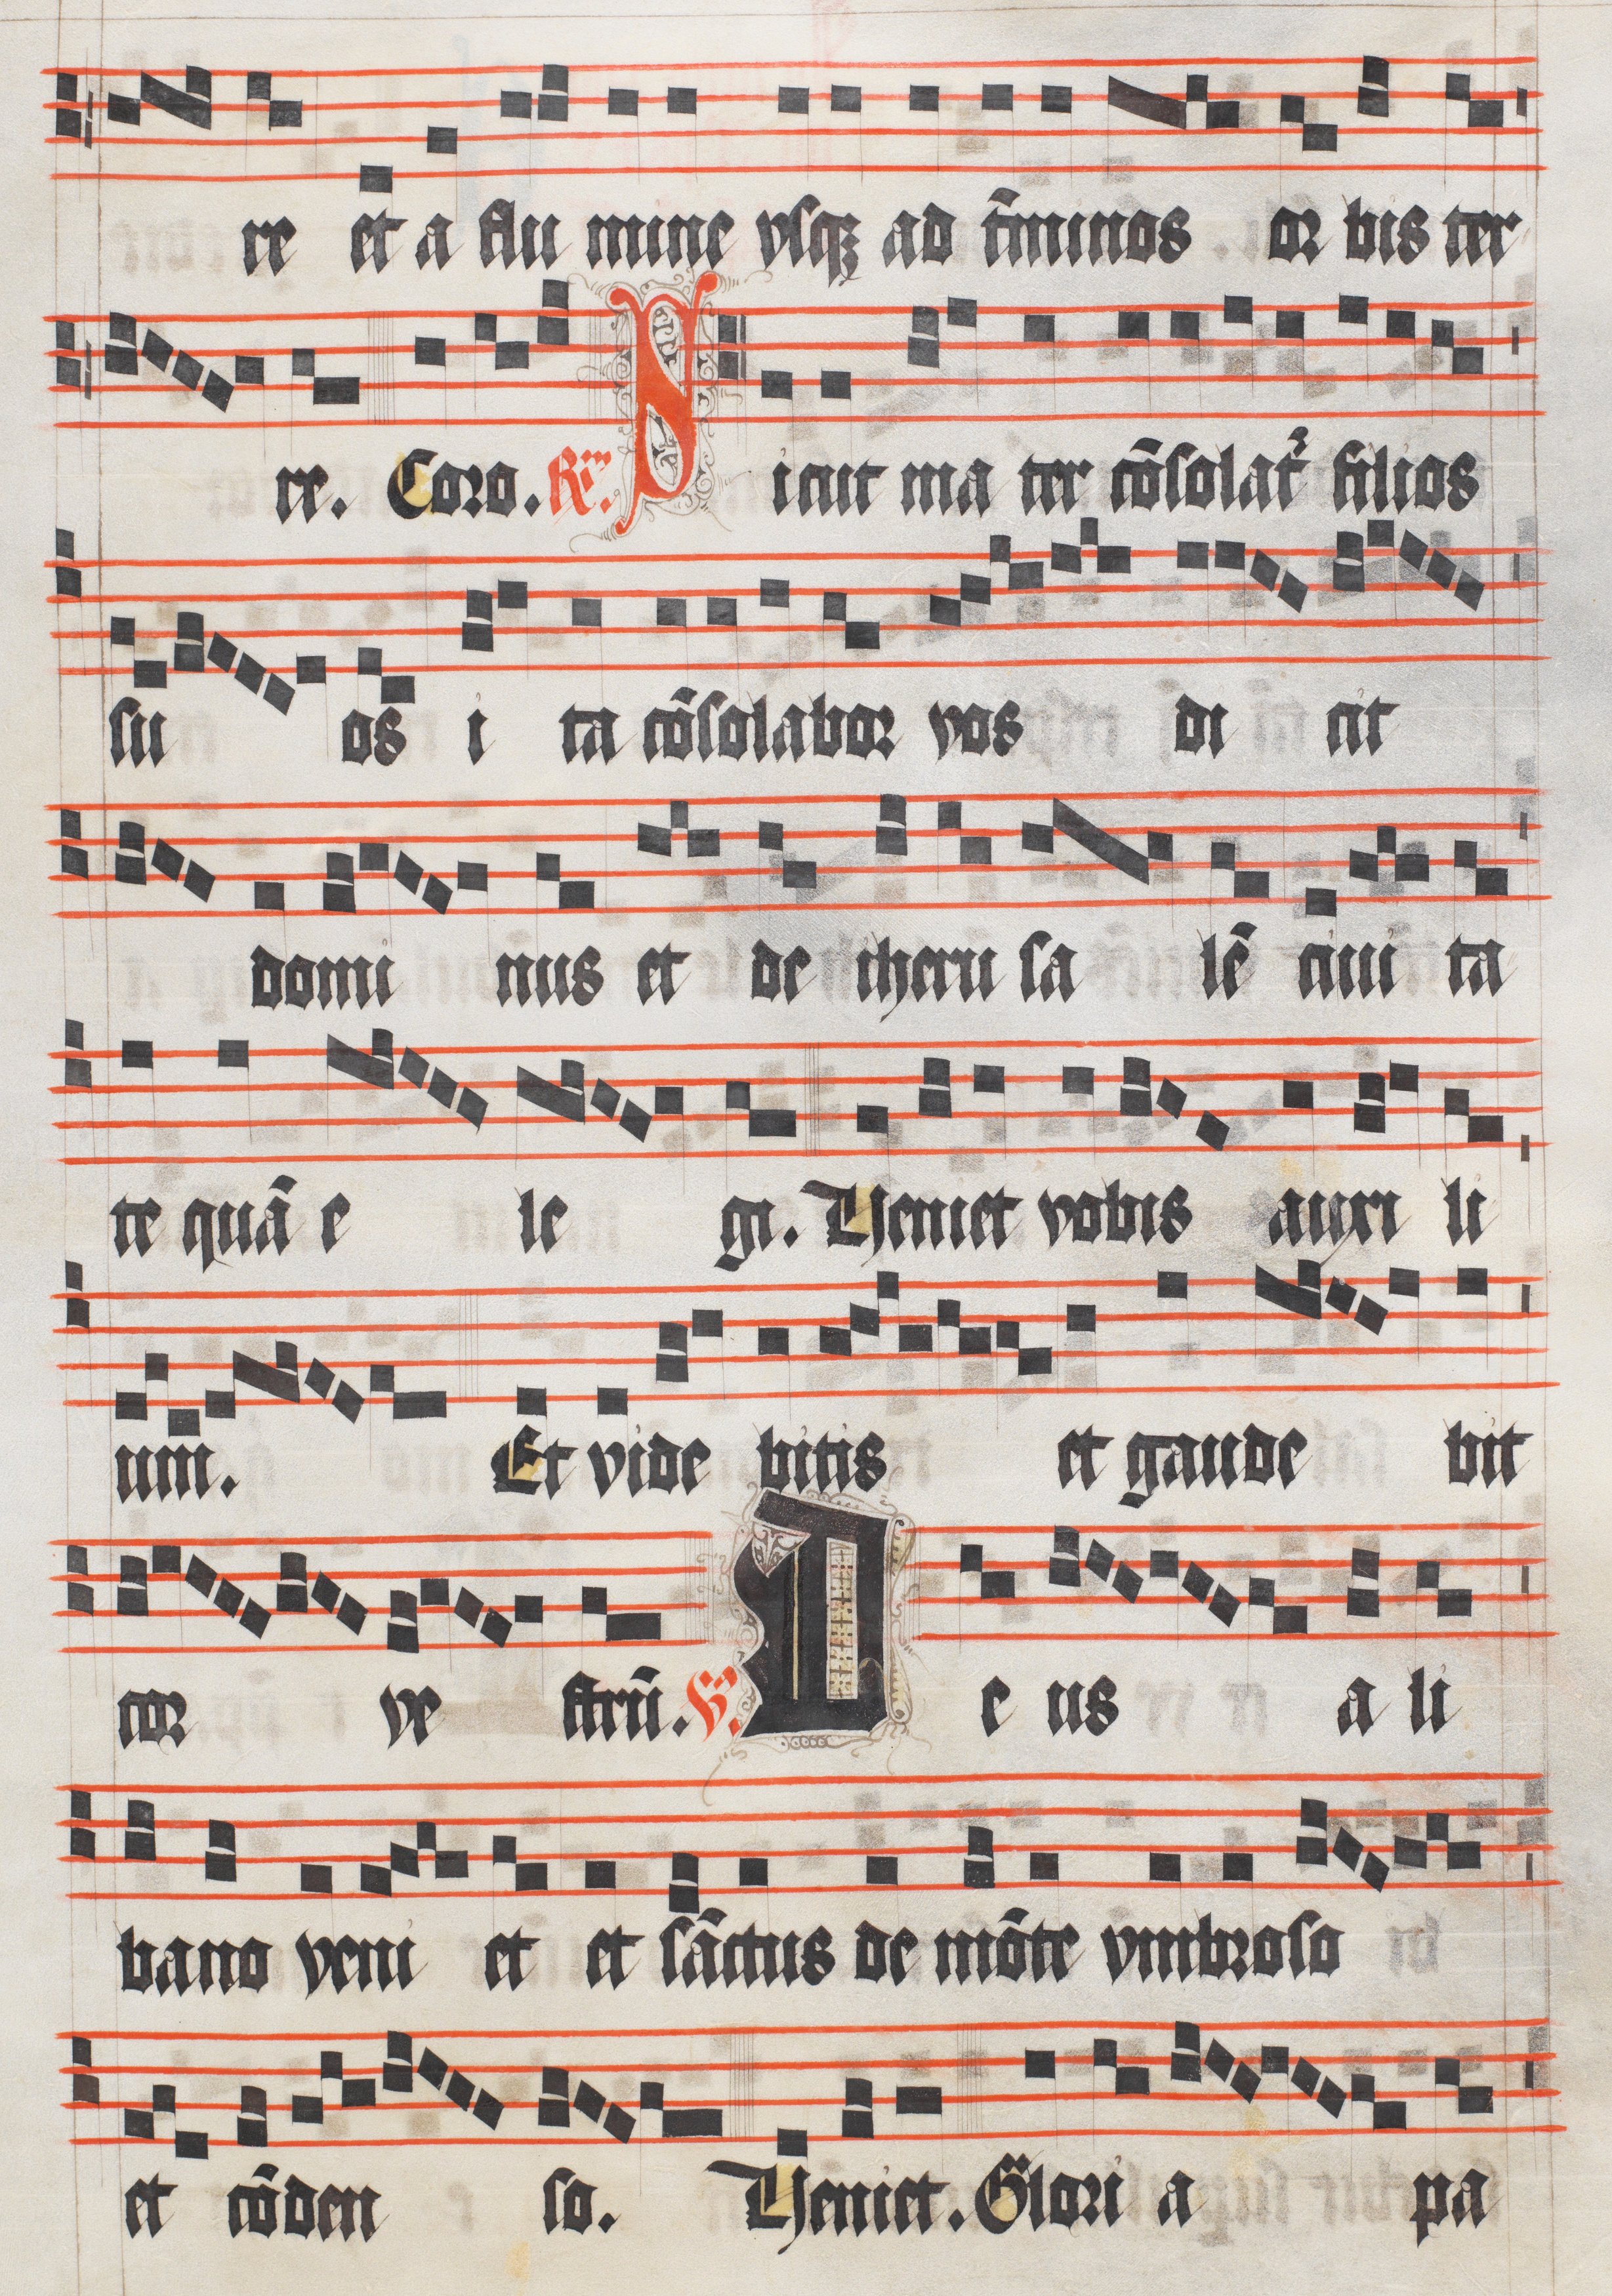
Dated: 1511–1517